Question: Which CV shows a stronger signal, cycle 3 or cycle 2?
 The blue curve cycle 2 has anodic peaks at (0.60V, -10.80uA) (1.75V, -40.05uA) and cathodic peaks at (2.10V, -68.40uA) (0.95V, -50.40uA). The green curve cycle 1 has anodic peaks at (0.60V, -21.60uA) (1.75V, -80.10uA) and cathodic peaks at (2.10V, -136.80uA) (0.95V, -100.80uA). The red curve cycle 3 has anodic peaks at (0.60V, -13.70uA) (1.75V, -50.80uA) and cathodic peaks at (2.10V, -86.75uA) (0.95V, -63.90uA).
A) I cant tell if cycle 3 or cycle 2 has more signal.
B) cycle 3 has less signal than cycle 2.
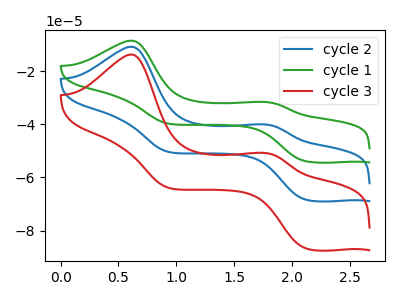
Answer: <think>All the peaks in "cycle 3" have a peak in "cycle 2" at the same potential.
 </think>
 <answer>A) I cant tell if "cycle 3" or "cycle 2" has more signal.</answer>
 <eval>A</eval>